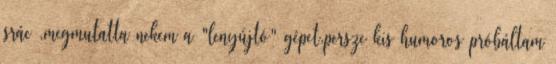
srác ,megmutatta nekem a "lenyújtó" gépet.persze kis humoros próbáltam